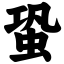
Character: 蛩